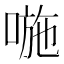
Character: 𠷇